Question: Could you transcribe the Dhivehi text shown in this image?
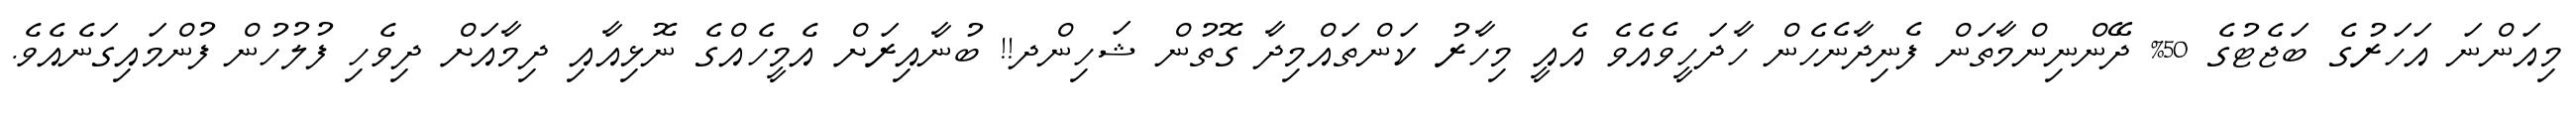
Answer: މިއަންނަ އަހަރުގެ ބަޖެޓުގެ 50% ދޭންނިންމާތަން ފެނިދާނެހެން ހާދަހީވެއެވެ އެއީ މިހާރު ކަންތައްމިދާ ގޮތުން ޝަހިންދ!! ބުނާއިރަށް އެމީހެއްގެ ނޮޅިއާއި ދިމާއަށް ދިވެހި ފުލުހުން ފުންމައިގަނެއެވެ.